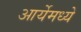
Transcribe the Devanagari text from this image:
आर्येमध्ये